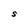
Character: S